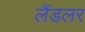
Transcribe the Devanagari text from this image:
लैंडलर